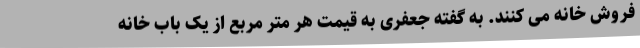
فروش خانه می کنند. به گفته جعفری به قیمت هر متر مربع از یک باب خانه